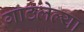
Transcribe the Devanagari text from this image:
गाठलेल्या